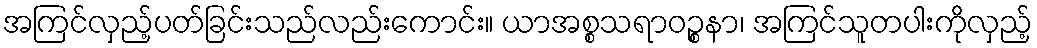
အကြင်လှည့်ပတ်ခြင်းသည်လည်းကောင်း။ ယာအစ္စသရာဝဉ္စနာ၊ အကြင်သူတပါးကိုလှည့်